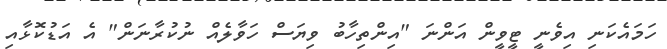
ހަމައެކަނި އިވެނީ ޓީވީން އަންނަ "އިންތިހާބު ވިޔަސް ހަވާލެއް ނުކުރާނަން" އެ އަޑުކޮޅާއި